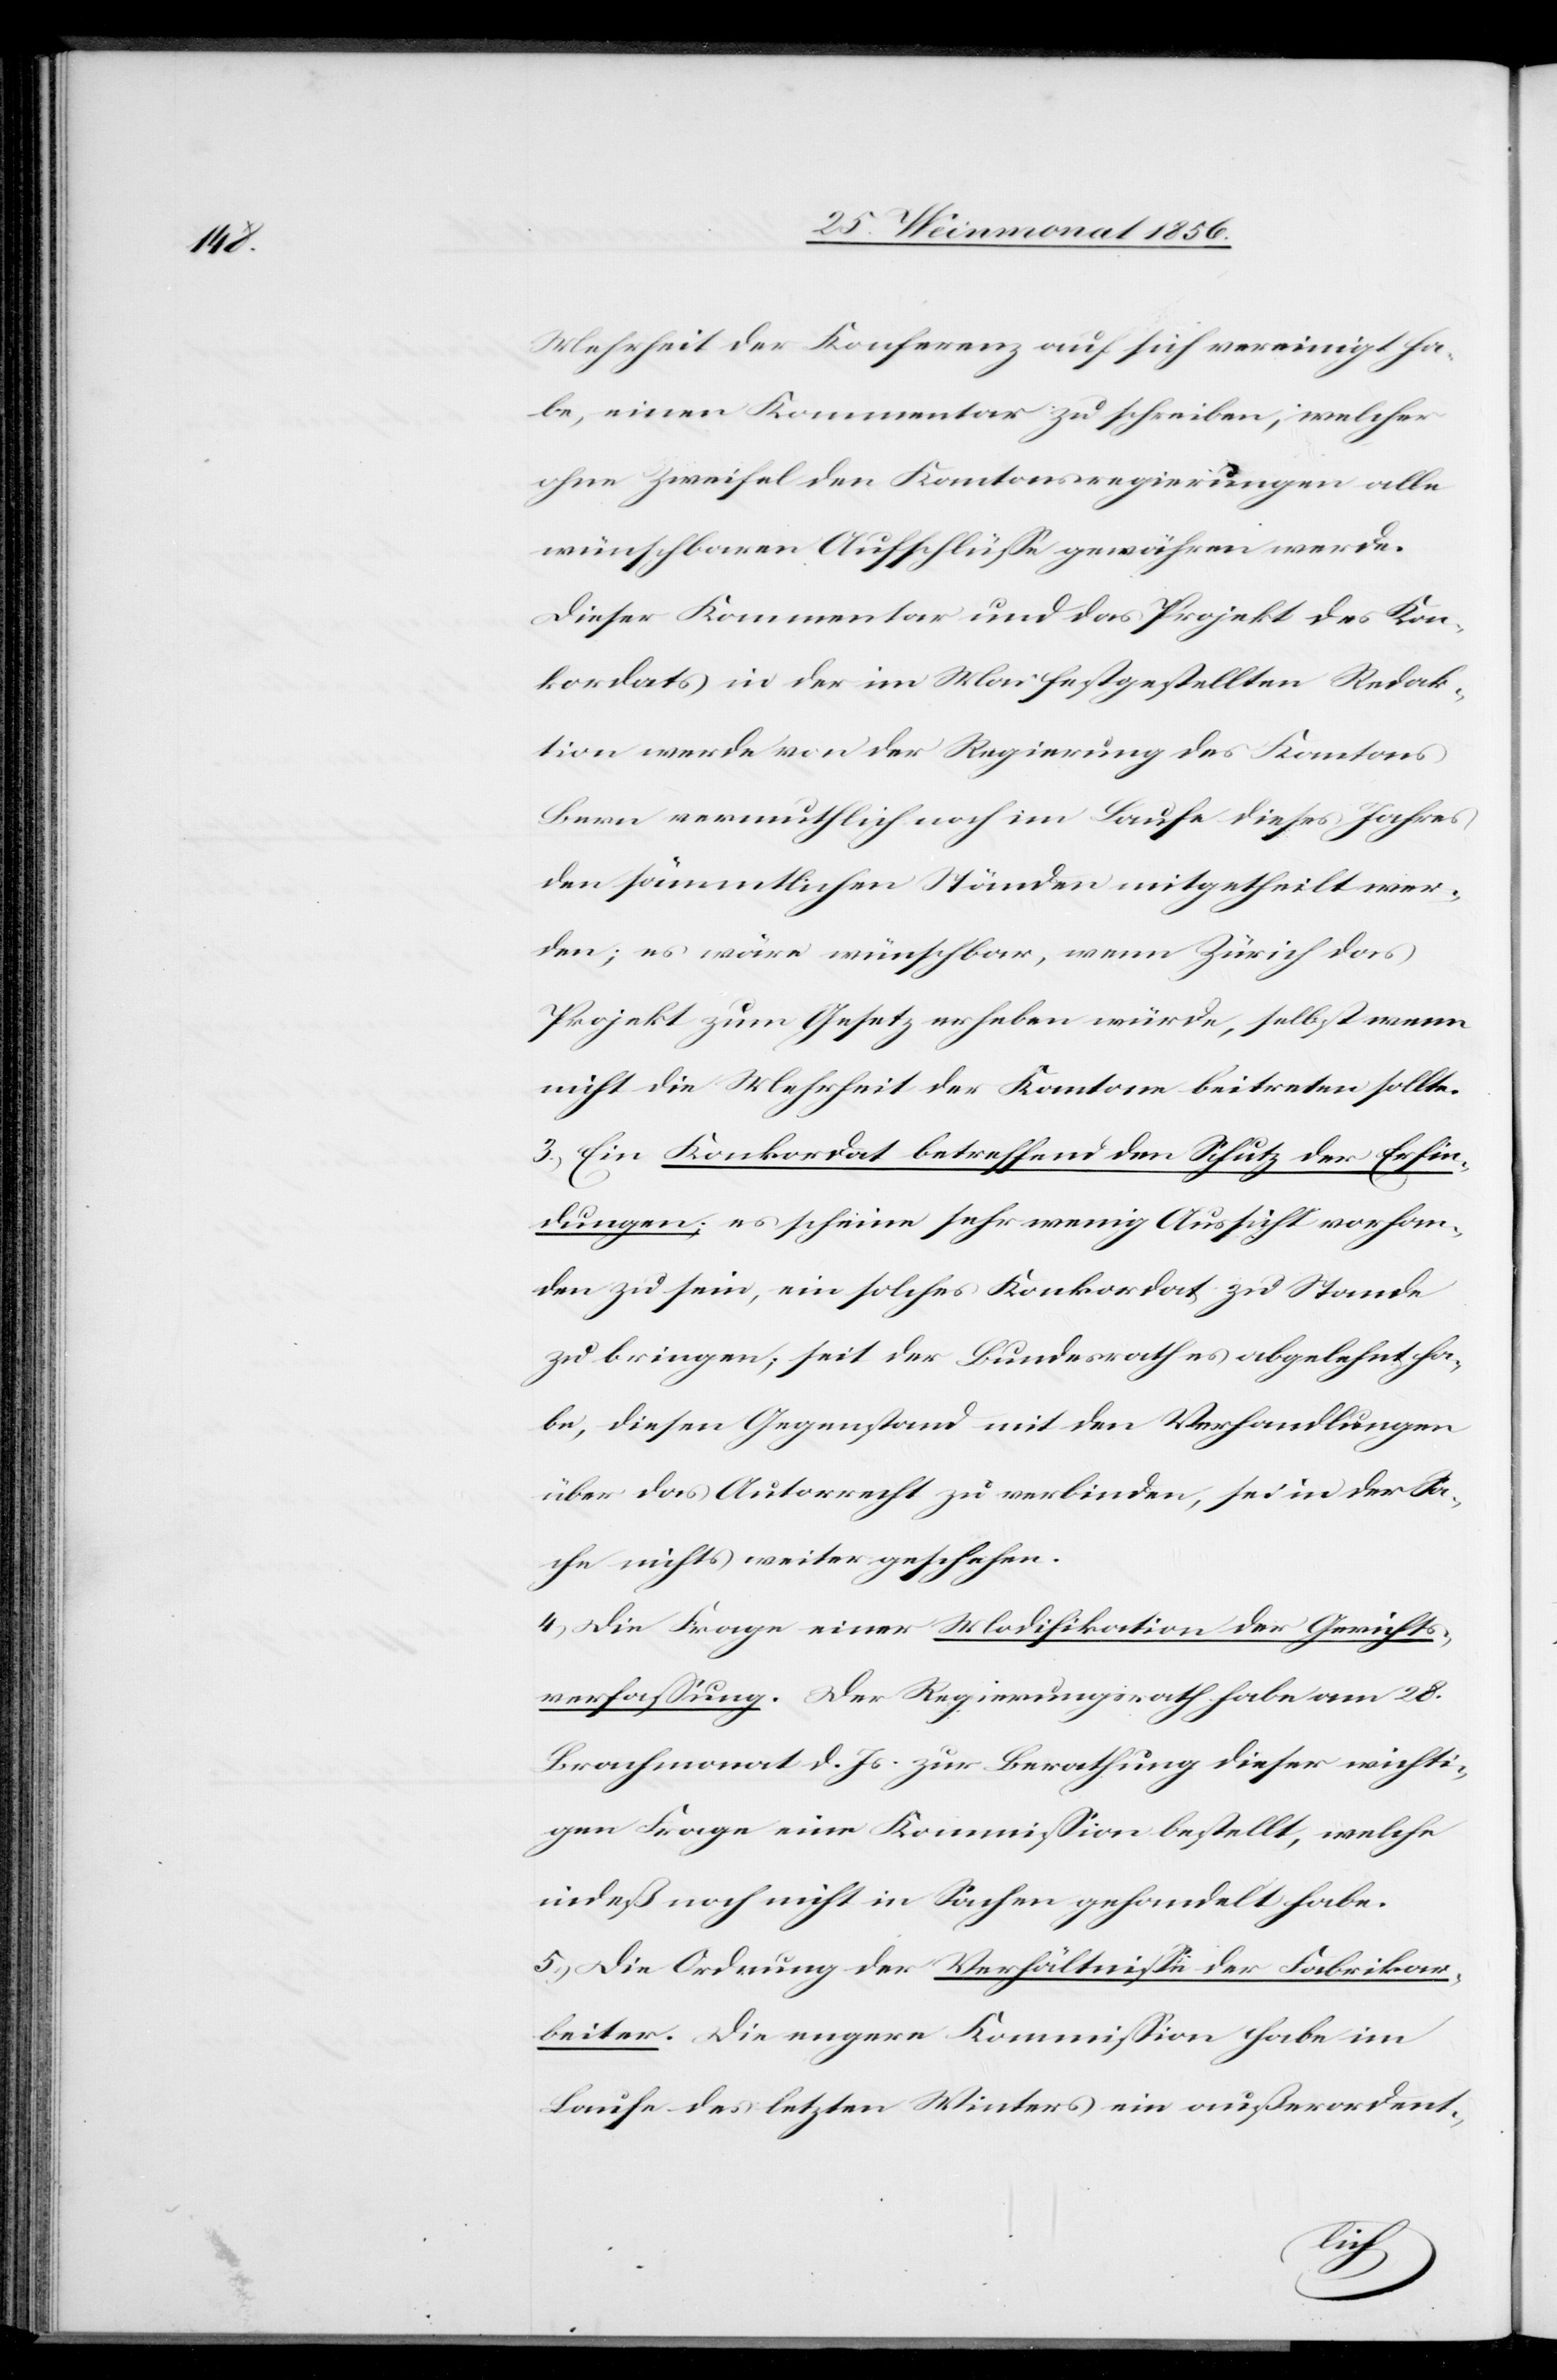
Mehrheit der Konferenz auf sich vereinigt ha¬
be, einen Kommentar zu schreiben, welcher
ohne Zweifel den Kantonsregierungen alle
wünschbaren Aufschlüsse gewähren werde.
Dieser Kommentar und das Projekt des Kon¬
kordates in der im Mai festgestellten Redak¬
tion werde von der Regierung des Kantons
Bern vermuthlich noch im Laufe dieses Jahres
den sämmtlichen Ständen mitgetheilt wer¬
den; es wäre wünschbar, wenn Zürich das
Projekt zum Gesetz erheben würde, selbst wenn
nicht die Mehrheit der Kantone beitreten sollte.
3.) Ein Konkordat betreffend den Schutz der Erfin¬
dungen; es scheine sehr wenig Aussicht vorhan¬
den zu sein, ein solches Konkordat zu Stande
zu bringen; seit der Bundesrath es abgelehnt ha¬
be, diesen Gegenstand mit den Verhandlungen
über das Autorrecht zu verbinden, sei in der Sa¬
che nichts weiter geschehen.
4.) Die Frage einer Modifikation der Gerichts¬
verfassung. Der Regierungsrath habe am 28.
Brachmonat d. Js. zur Berathung dieser wichti¬
gen Frage eine Kommission bestellt, welche
indeß noch nicht in Sachen gehandelt habe.
5.) Die Ordnung der Verhältnisse der Fabrikar¬
beiter. Die engere Kommission habe im
Laufe des letzten Winters ein außerordent-